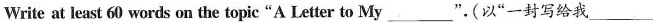
Write at least 60 words on the topic"A Letter to My ___".(以"一封写给我 ___